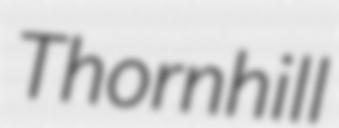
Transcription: Thornhill